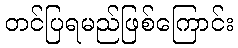
တင်ပြရမည်ဖြစ်ကြောင်း